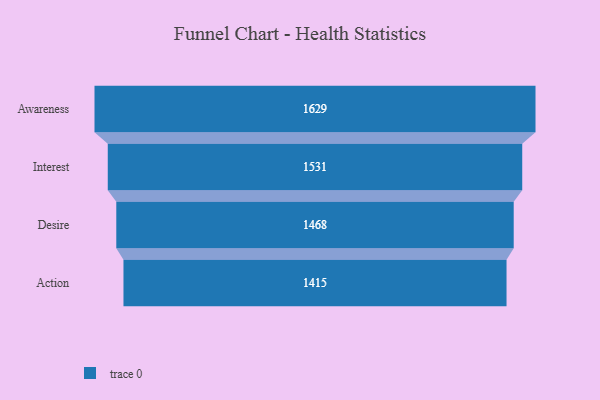
{"axis": {"x": "Stage", "y": "Value"}, "legend": [""], "data": [{"x": "Awareness", "y": 1629.0, "type": ""}, {"x": "Interest", "y": 1531.0, "type": ""}, {"x": "Desire", "y": 1468.0, "type": ""}, {"x": "Action", "y": 1415.0, "type": ""}]}